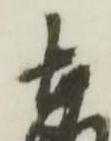
友